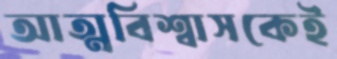
আত্মবিশ্বাসকেই